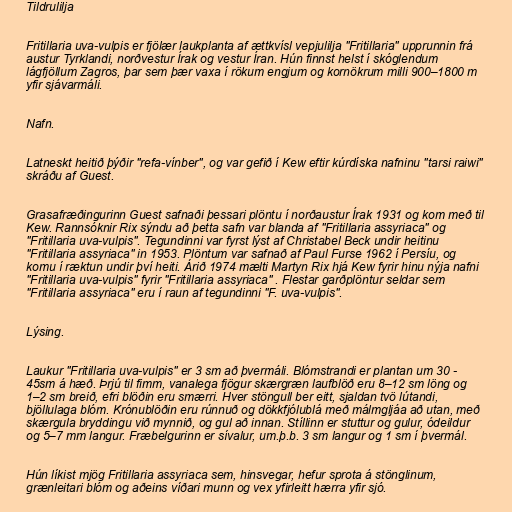
Tildrulilja

Fritillaria uva-vulpis er fjölær laukplanta af ættkvísl vepjulilja "Fritillaria" upprunnin frá
austur Tyrklandi, norðvestur Írak og vestur Íran. Hún finnst helst í skóglendum
lágfjöllum Zagros, þar sem þær vaxa í rökum engjum og kornökrum milli 900–1800 m
yfir sjávarmáli.

Nafn.

Latneskt heitið þýðir "refa-vínber", og var gefið í Kew eftir kúrdíska nafninu "tarsi raiwi"
skráðu af Guest.

Grasafræðingurinn Guest safnaði þessari plöntu í norðaustur Írak 1931 og kom með til
Kew. Rannsóknir Rix sýndu að þetta safn var blanda af "Fritillaria assyriaca" og
"Fritillaria uva-vulpis". Tegundinni var fyrst lýst af Christabel Beck undir heitinu
"Fritillaria assyriaca" in 1953. Plöntum var safnað af Paul Furse 1962 í Persíu, og
komu í ræktun undir því heiti. Árið 1974 mælti Martyn Rix hjá Kew fyrir hinu nýja nafni
"Fritillaria uva-vulpis" fyrir "Fritillaria assyriaca" . Flestar garðplöntur seldar sem
"Fritillaria assyriaca" eru í raun af tegundinni "F. uva-vulpis".

Lýsing.

Laukur "Fritillaria uva-vulpis" er 3 sm að þvermáli. Blómstrandi er plantan um 30 -
45sm á hæð. Þrjú til fimm, vanalega fjögur skærgræn laufblöð eru 8–12 sm löng og
1–2 sm breið, efri blöðin eru smærri. Hver stöngull ber eitt, sjaldan tvö lútandi,
bjöllulaga blóm. Krónublöðin eru rúnnuð og dökkfjólublá með málmgljáa að utan, með
skærgula bryddingu við mynnið, og gul að innan. Stíllinn er stuttur og gulur, ódeildur
og 5–7 mm langur. Fræbelgurinn er sívalur, um.þ.b. 3 sm langur og 1 sm í þvermál.

Hún líkist mjög Fritillaria assyriaca sem, hinsvegar, hefur sprota á stönglinum,
grænleitari blóm og aðeins víðari munn og vex yfirleitt hærra yfir sjó.